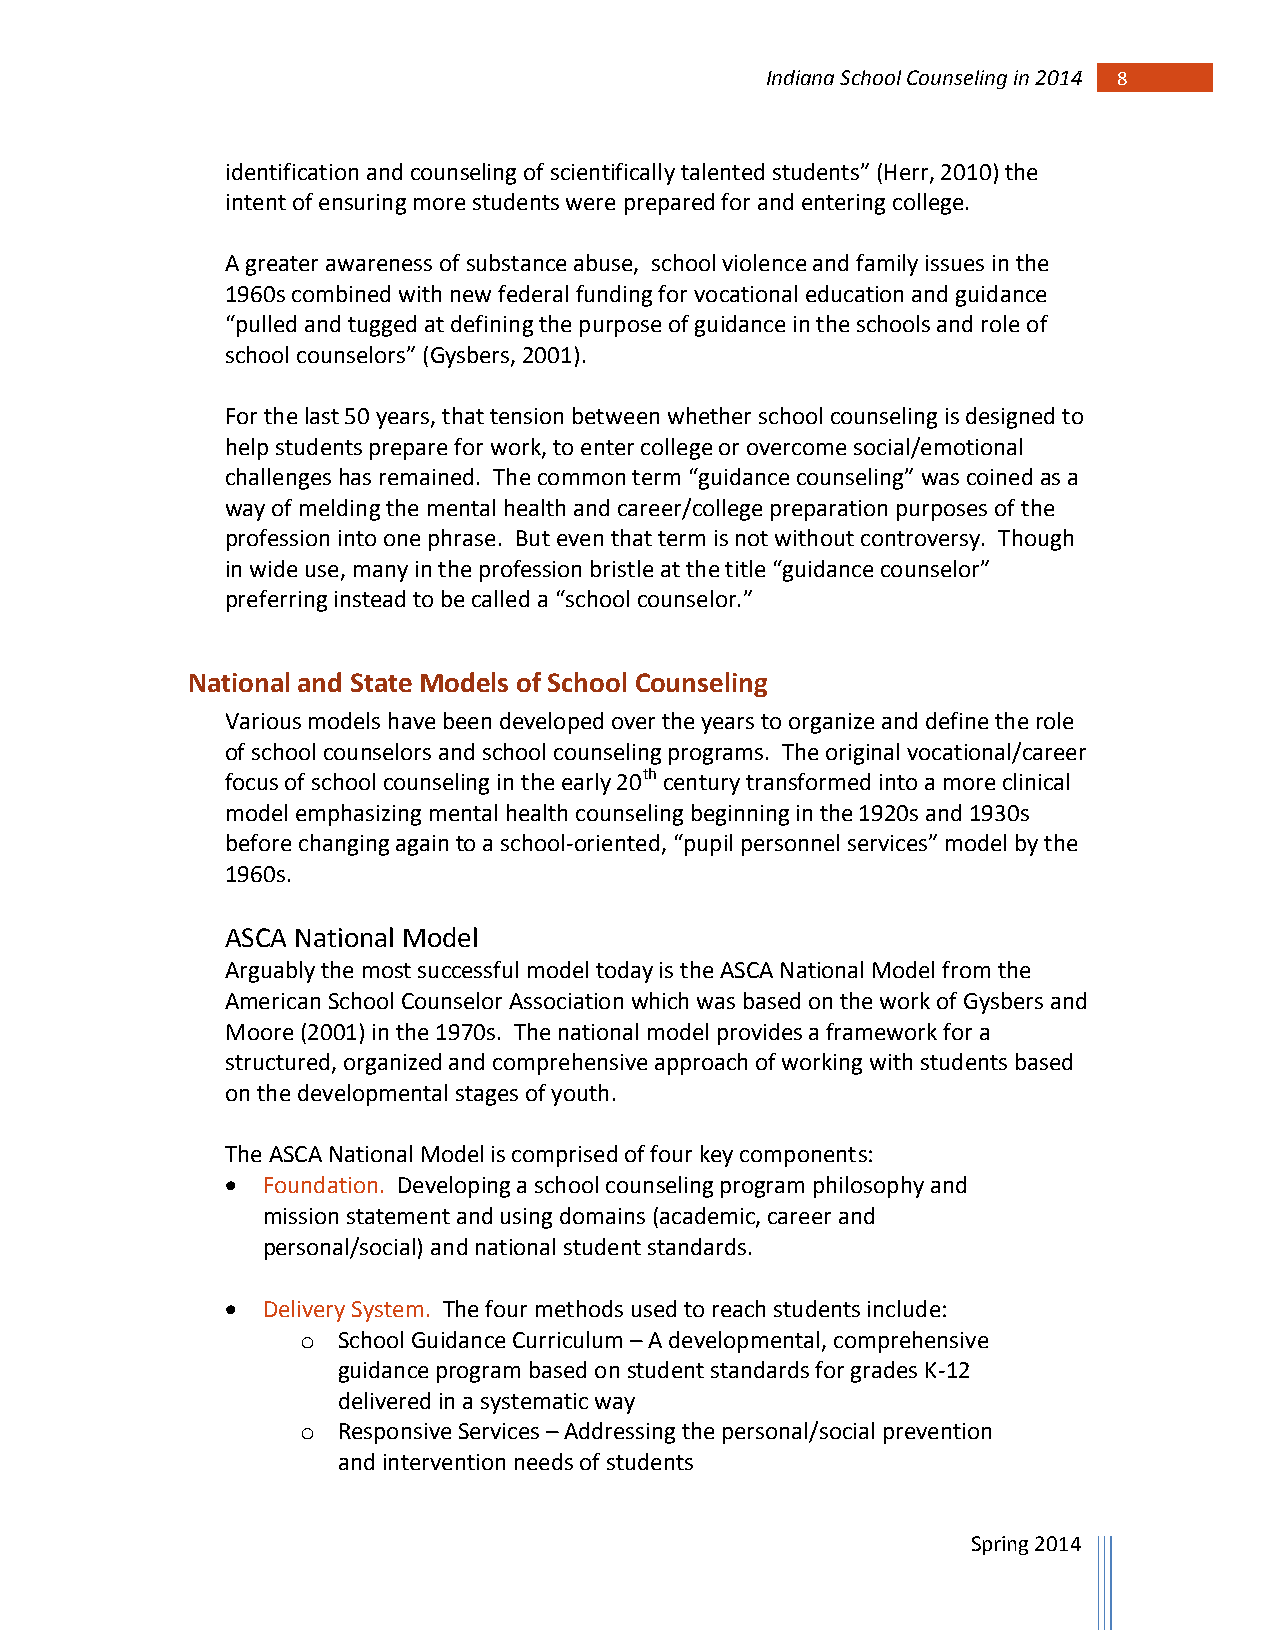
Indiana School Counseling in 2014 8
 identification and counseling of scientifically talented students” (Herr, 2010) the
 intent of ensuring more students were prepared for and entering college.
 A greater awareness of substance abuse, school violence and family issues in the
 1960s combined with new federal funding for vocational education and guidance
 “pulled and tugged at defining the purpose of guidance in the schools and role of
 school counselors” (Gysbers, 2001).
 For the last 50 years, that tension between whether school counseling is designed to
 help students prepare for work, to enter college or overcome social/emotional
 challenges has remained. The common term “guidance counseling” was coined as a
 way of melding the mental health and career/college preparation purposes of the
 profession into one phrase. But even that term is not without controversy. Though
 in wide use, many in the profession bristle at the title “guidance counselor”
 preferring instead to be called a “school counselor.”
 National and State Models of School Counseling
 Various models have been developed over the years to organize and define the role
 of school counselors and school counseling programs. The original vocational/career
 focus of school counseling in the early 20th century transformed into a more clinical
 model emphasizing mental health counseling beginning in the 1920s and 1930s
 before changing again to a school-oriented, “pupil personnel services” model by the
 1960s.
 ASCA National Model
 Arguably the most successful model today is the ASCA National Model from the
 American School Counselor Association which was based on the work of Gysbers and
 Moore (2001) in the 1970s. The national model provides a framework for a
 structured, organized and comprehensive approach of working with students based
 on the developmental stages of youth.
 The ASCA National Model is comprised of four key components:
  Foundation. Developing a school counseling program philosophy and
 mission statement and using domains (academic, career and
 personal/social) and national student standards.
  Delivery System. The four methods used to reach students include:
 o School Guidance Curriculum – A developmental, comprehensive
 guidance program based on student standards for grades K-12
 delivered in a systematic way
 o Responsive Services – Addressing the personal/social prevention
 and intervention needs of students
 Spring 2014